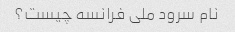
نام سرود ملی فرانسه چیست؟